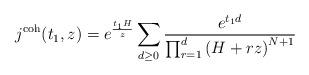
LaTeX: \begin{align*} j^\textnormal{coh}(t_1,z) = e^{\frac{t_1 H}{z}} \sum_{d \geq 0} \frac{e^{t_1 d}}{\prod_{r=1}^d \left( H + rz\right)^{N+1}} \end{align*}